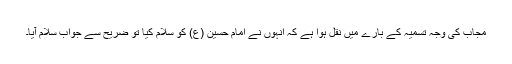
مجاب کی وجہ تسمیہ کے بارے میں نقل ہوا ہے کہ انہوں نے امام حسین (ع) کو سلام کیا تو ضریح سے جواب سلام آیا۔